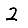
Digit: 2